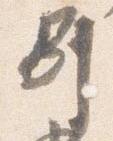
別